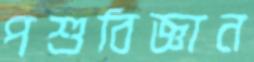
পশুবিজ্ঞান